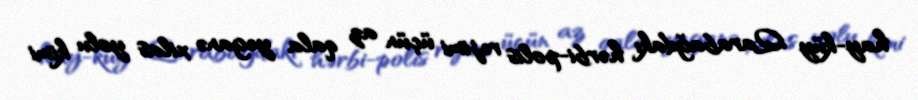
hay-küy Qarabağdakı hərbi-polis rejimi üçün az qala yeganə xilas yolu kimi